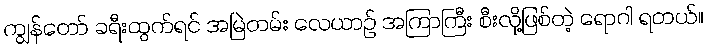
ကျွန်တော် ခရီးထွက်ရင် အမြဲတမ်း လေယာဉ် အကြာကြီး စီးလို့ဖြစ်တဲ့ ရောဂါ ရတယ်။